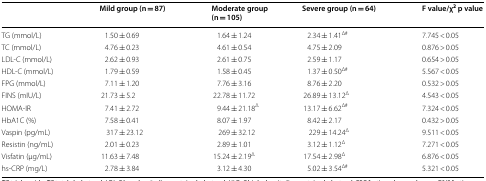
|  | Mild group (n = 87) | Moderate group (n = 105) | Severe group (n = 64) | F value/χ2 p value |
 | --- | --- | --- | --- | --- |
 | TG (mmol/L) | 1.50 ± 0.69 | 1.64 ± 1.24 | 2.34 ± 1.41Δ# | 7.745 < 0.05 |
 | TC (mmol/L) | 4.76 ± 0.23 | 4.61 ± 0.54 | 4.75 ± 2.09 | 0.876 > 0.05 |
 | LDL-C (mmol/L) | 2.62 ± 0.93 | 2.61 ± 0.75 | 2.59 ± 1.17 | 0.654 > 0.05 |
 | HDL-C (mmol/L) | 1.79 ± 0.59 | 1.58 ± 0.45 | 1.37 ± 0.50Δ# | 5.567 < 0.05 |
 | FPG (mmol/L) | 7.11 ± 1.20 | 7.76 ± 3.16 | 8.76 ± 2.20 | 0.532 > 0.05 |
 | FINS (mIU/L) | 21.73 ± 5.2 | 22.78 ± 11.72 | 26.89 ± 13.12Δ | 4.543 < 0.05 |
 | HOMA-IR | 7.41 ± 2.72 | 9.44 ± 21.18Δ | 13.17 ± 6.62Δ# | 7.324 < 0.05 |
 | HbA1C (%) | 7.58 ± 0.41 | 8.07 ± 1.97 | 8.42 ± 2.17 | 0.432 > 0.05 |
 | Vaspin (pg/mL) | 317 ± 23.12 | 269 ± 32.12 | 229 ± 14.24Δ | 9.511 < 0.05 |
 | Resistin (ng/mL) | 2.01 ± 0.23 | 2.89 ± 1.01 | 3.12 ± 1.12Δ | 7.271 < 0.05 |
 | Visfatin (μg/mL) | 11.63 ± 7.48 | 15.24 ± 2.19Δ | 17.54 ± 2.98Δ | 6.876 < 0.05 |
 | hs-CRP (mg/L) | 2.78 ± 3.84 | 3.12 ± 4.30 | 5.02 ± 3.54Δ# | 5.321 < 0.05 |